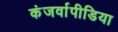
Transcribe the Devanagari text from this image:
कंजर्वापीडिया